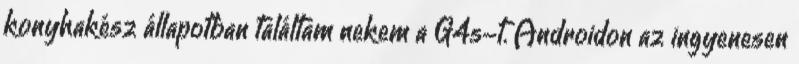
konyhakész állapotban találtam nekem a G4s-t. Androidon az ingyenesen